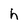
Character: h